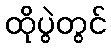
ထိုပွဲတွင်